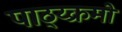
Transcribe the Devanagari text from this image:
पाठ्य्क्रमों